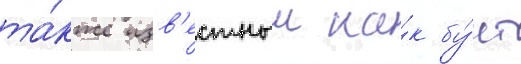
та́кже изв'естныи ка́к бу́нт